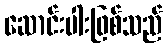
ဆောင်းပါးဖြစ်သည်